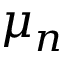
\mu _ { n }